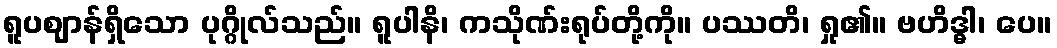
ရူပဈာန်ရှိသော ပုဂ္ဂိုလ်သည်။ ရူပါနိ၊ ကသိုဏ်းရုပ်တို့ကို။ ပဿတိ၊ ရှု၏။ ဗဟိဒ္ဓါ၊ ပေ။